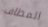
المطاف